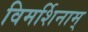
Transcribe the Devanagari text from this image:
विमर्शिनाम्